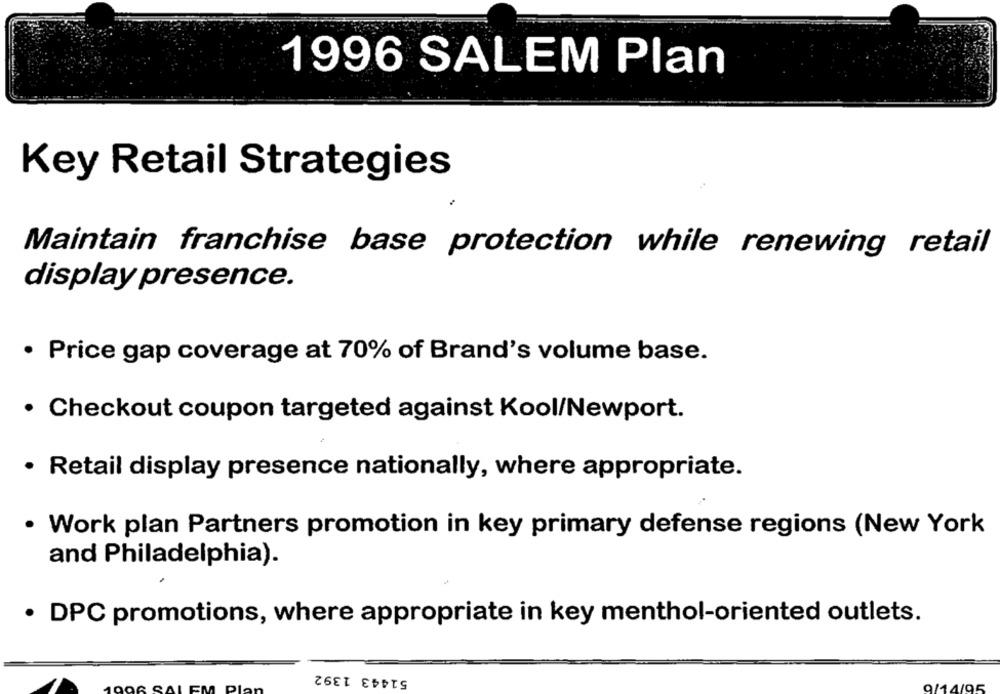
1996 SALEM Plan
Key Retail Strategies
Maintain franchise base protection while renewing retail
display presence.
· Price gap coverage at 70% of Brand's volume base.
· Checkout coupon targeted against Kool/Newport.
· Retail display presence nationally, where appropriate.
· Work plan Partners promotion in key primary defense regions (New York
and Philadelphia).
· DPC promotions, where appropriate in key menthol-oriented outlets.
51443 1392
9/14/95